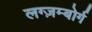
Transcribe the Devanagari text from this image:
लग्ज़म्बोर्ग